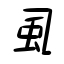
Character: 虱